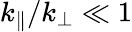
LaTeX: k_{\| }/k_{\perp}\ll 1